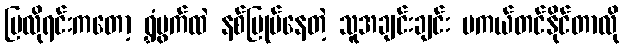
ပြလိုရင်းကတော့ ရွှံဗွက်ထဲ နစ်မြုပ်နေတဲ့ သူအချင်းချင်း မကယ်တင်နိုင်တာလို